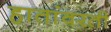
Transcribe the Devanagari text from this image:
हातांवरती